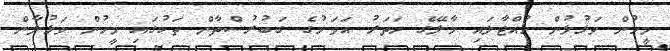
މީހުން ވަޅުލުން ހުއްޓާލައި މާލޭގެ ހަތަރު އަވަށުގެ ގަބުރުސްތާން ތަކުގައި މީހުން ވަޅުލާން